Document type: Sale
Year: 1355
Scribe: Pere Borrell
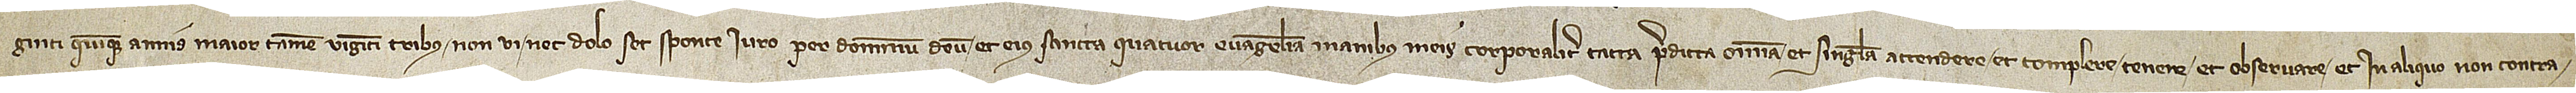
ginti quinque annis, maior tamen viginti tribus, non vi nec dolo, set sponte iuro per Dominum Deum et eius sancta quatuor Evangelia, manibus meis corporaliter tacta, predicta omnia et singula attendere et complere, tenere et observare et in aliquo non contra-